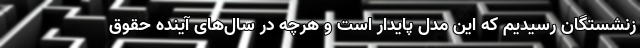
زنشستگان رسیدیم که این مدل پایدار است و هرچه در سال‌های آینده حقوق